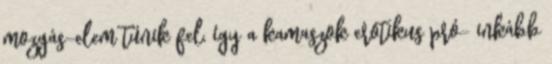
mozgás-elem tűnik fel, így a kamaszok erotikus pró- inkább